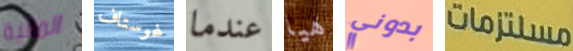
المالية غوستاف عندما هيا بدوني مستلزمات